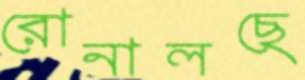
রোনালছে